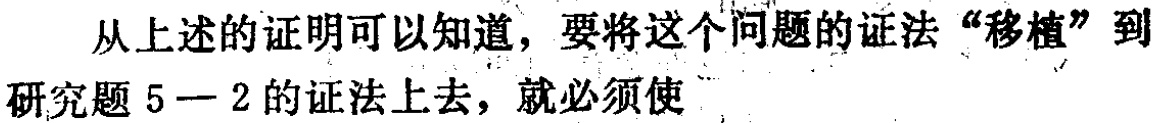
从上述的证明可以知道，要将这个问题的证法“移植”到研究题 5—2 的证法上去，就必须使